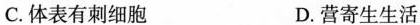
C.体表有刺细胞 D.营寄生生活